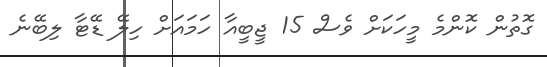
ގޮތުން ކޮންމެ މީހަކަށް ވެސް 15 ޖީބީއާ ހަމައަށް ހިލޭ ޑޭޓާ ލިބޭނެ